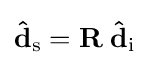
\mathbf {\hat {d}} _{\mathrm {s} }=\mathbf {R} \;\mathbf {\hat {d}} _{\mathrm {i} }